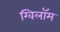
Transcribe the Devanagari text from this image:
ग्विलॉम